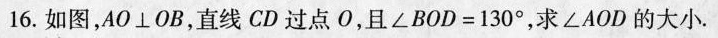
16.如图，AO⊥OB，直线CD过点O，且 $$∠ B O D = 1 3 0 °$$ ，求∠AOD的大小.